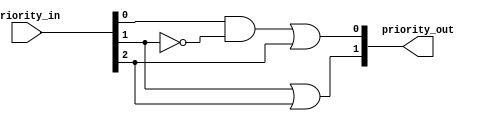
`timescale 1ns / 1ps
//////////////////////////////////////////////////////////////////////////////////
// Company: 
// 
// Design Name: 
// Module Name: priority_encoder
// Project Name: 
// Target Devices: 
// Tool Versions: 
// Description: 
// 
// Dependencies: 
// 
// Revision:
// Revision 0.01 - File Created
// Additional Comments:
// 
//////////////////////////////////////////////////////////////////////////////////


module priority_encoder(
    input [2:0] priority_in,
    output [1:0] priority_out
    );
    
    assign priority_out[1] = priority_in[1] | priority_in[2];
    assign priority_out[0] = (priority_in[0] & ~priority_in[1]) | priority_in[2];
    
endmodule